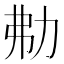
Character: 㔗